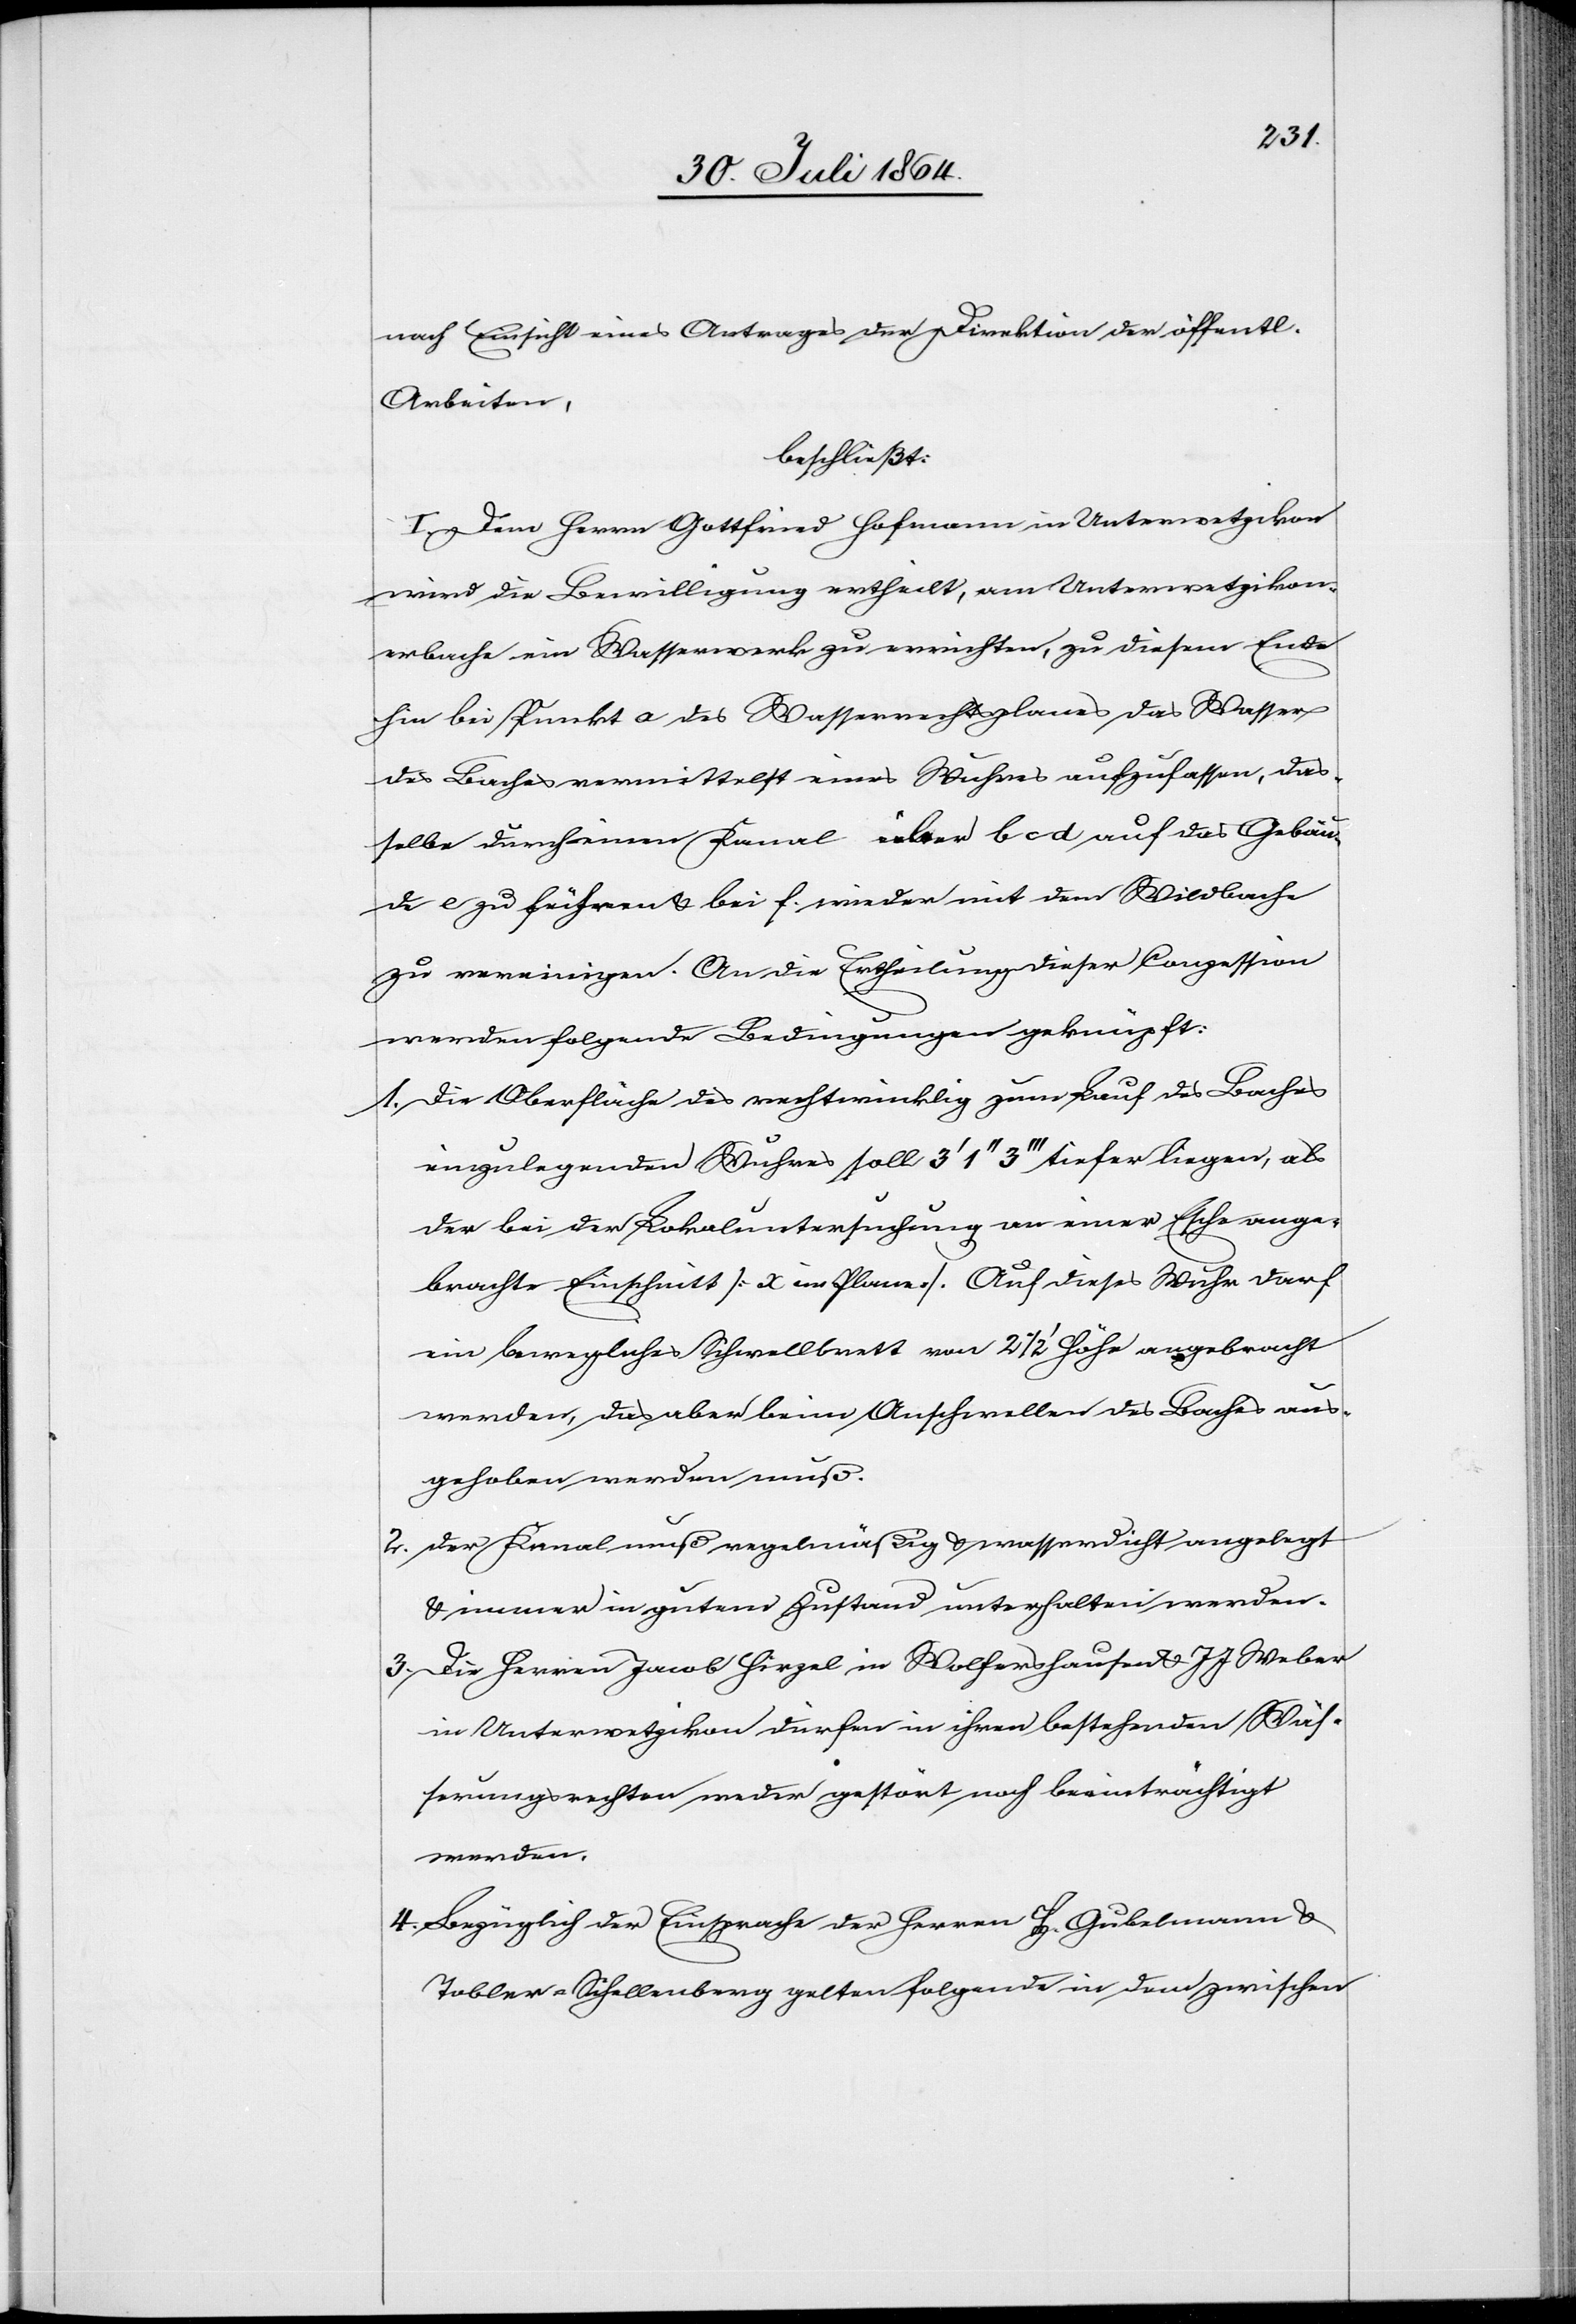
nach Einsicht eines Antrages der Direktion der öffentl.
Arbeiten,
beschließt:
I. Dem Herrn Gottfried Hofmann in Unterwetzikon
wird die Bewilligung ertheilt, am Unterwetzikon¬
erbache ein Wasserwerk zu errichten, zu diesem Ende
hin bei Punkt a des Wasserrechtsplanes das Wasser
des Baches vermittelst eines Wuhres aufzulassen, das¬
selbe durch einen Kanal über b c d auf das Gebäu¬
de e zu führen & bei f wieder mit dem Wildbache
zu vereinigen. An die Ertheilung dieser Conzession
werden folgende Bedingungen geknüpft:
1.	Die Oberfläche des rechtwinklig zum Lauf des Baches
einzulegenden Wuhres soll 3’ 1’’ 3’’’ tiefer liegen, als
der bei der Lokaluntersuchung an einer Esche ange¬
brachte Einschnitt [x im Plane]. Auf dieses Wuhr darf
ein bewegliches Schwellbrett von 2 1/2’ Höhe angebracht
2.	Der Kanal muß regelmäßig & wasserdicht angelegt
& immer in gutem Zustand unterhalten werden.
3.	Die Herren Jacob Hirzel in Wolfershausen & J. J. Weber
in Unterwetzikon dürfen in ihren bestehenden Wäs¬
serungsrechten weder gestört noch beeinträchtigt
werden.
4.	Bezüglich der Einsprache der Herren H. Gubelmann &
Tobler-Schellenberg gelten folgende in dem zwischen